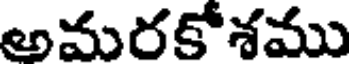
అమరకోశము